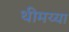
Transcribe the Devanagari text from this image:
थीमय्या